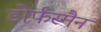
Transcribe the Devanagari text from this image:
डोर्फस्मैन